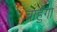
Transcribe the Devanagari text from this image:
चाहुंगा